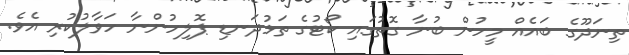
ތިނަދޫގެ ބައެއް މީހުން ބުނާ ގޮތުގައި ކޯޓުގެ ތަޅުދަނޑި ޕޮލިހުންނާ ހަވާލުކުރި އެވެ.